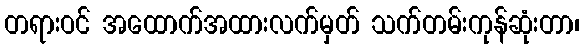
တရားဝင် အထောက်အထားလက်မှတ် သက်တမ်းကုန်ဆုံးတာ၊